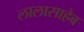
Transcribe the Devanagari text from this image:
लालासाहेब